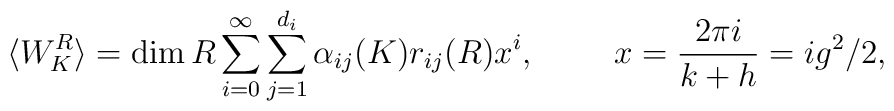
\langle W^R_K \rangle = \hbox{\rm dim}\, R \sum_{i=0}^\infty\sum_{j=1}^{d_i}\alpha_{ij}(K) r_{ij}(R) x^i,\,\,\,\,\,\,\,\,\,\,\,\,\,\,x={2\pi i\over k+h}=ig^2/2,